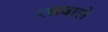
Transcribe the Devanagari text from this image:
रसवाले